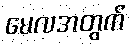
မေလအတွက်